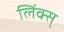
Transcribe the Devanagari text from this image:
लिंक्स्